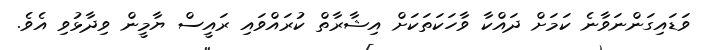
ވަޑައިގަންނަވާނެ ކަމަށް ދައްކާ ވާހަކަތަކަށް އިޝާރާތް ކުރައްވައި ރައީސް ޔާމީން ވިދާޅުވި އެވެ.